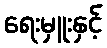
ရေးမှူးနှင့်